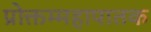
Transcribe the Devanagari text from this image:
प्रोक्तम्महापातक